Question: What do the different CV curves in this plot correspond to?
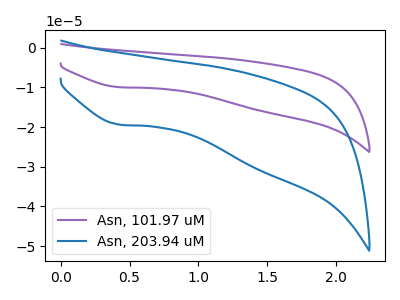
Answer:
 <answer>The purple curve is labeled "Asn, 101.97 uM". The blue curve is labeled "Asn, 203.94 uM".</answer>
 <eval></eval>